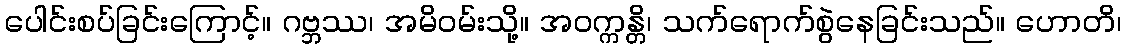
ပေါင်းစပ်ခြင်းကြောင့်။ ဂဗ္ဘဿ၊ အမိဝမ်းသို့။ အဝက္ကန္တိ၊ သက်ရောက်စွဲနေခြင်းသည်။ ဟောတိ၊